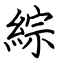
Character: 綜